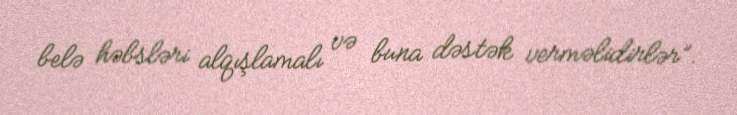
belə həbsləri alqışlamalı və buna dəstək verməlidirlər”.